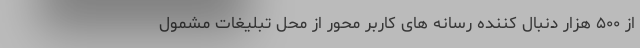
از ۵۰۰ هزار دنبال کننده رسانه های کاربر محور از محل تبلیغات مشمول